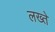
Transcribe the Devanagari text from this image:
लख्ते